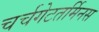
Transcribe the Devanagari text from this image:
चर्चगेटतर्मिनस